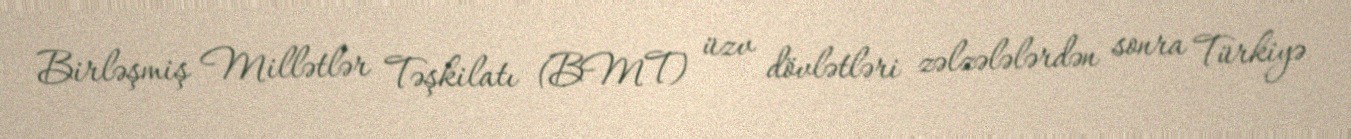
Birləşmiş Millətlər Təşkilatı (BMT) üzv dövlətləri zəlzələlərdən sonra Türkiyə